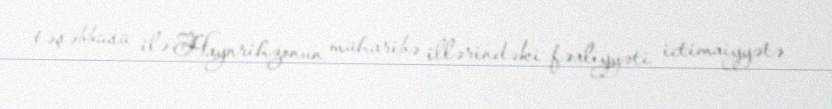
təşəbbüsü ilə Haynrihzonun müharibə illərindəki fəaliyyəti ictimaiyyətə